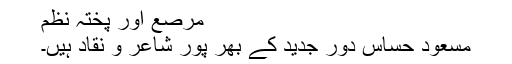
مرصع اور پختہ نظم
مسعود حساس دور جدید کے بھر پور شاعر و نقاد ہیں۔